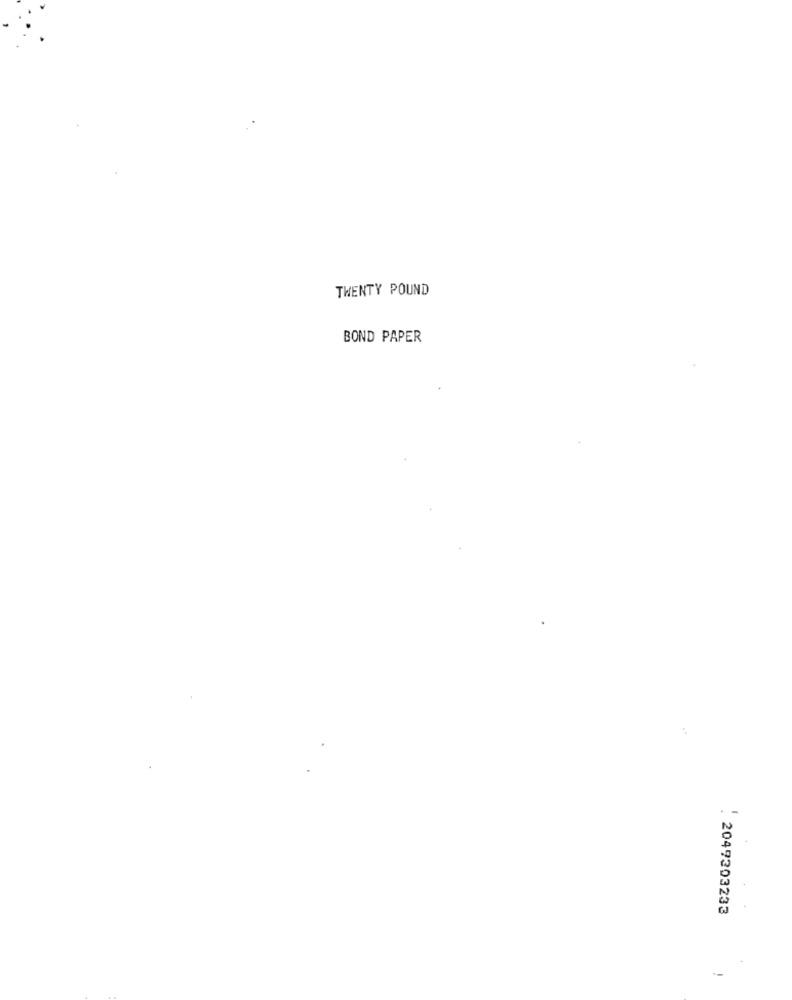
TWENTY POUND
BOND PAPER
. 2049203233